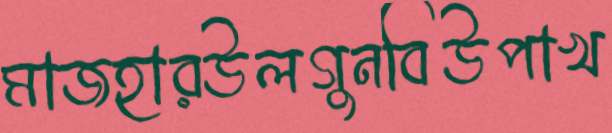
মাজহারউলগুনবিউপাখ